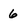
Character: 6